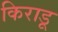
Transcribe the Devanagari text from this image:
किराडू